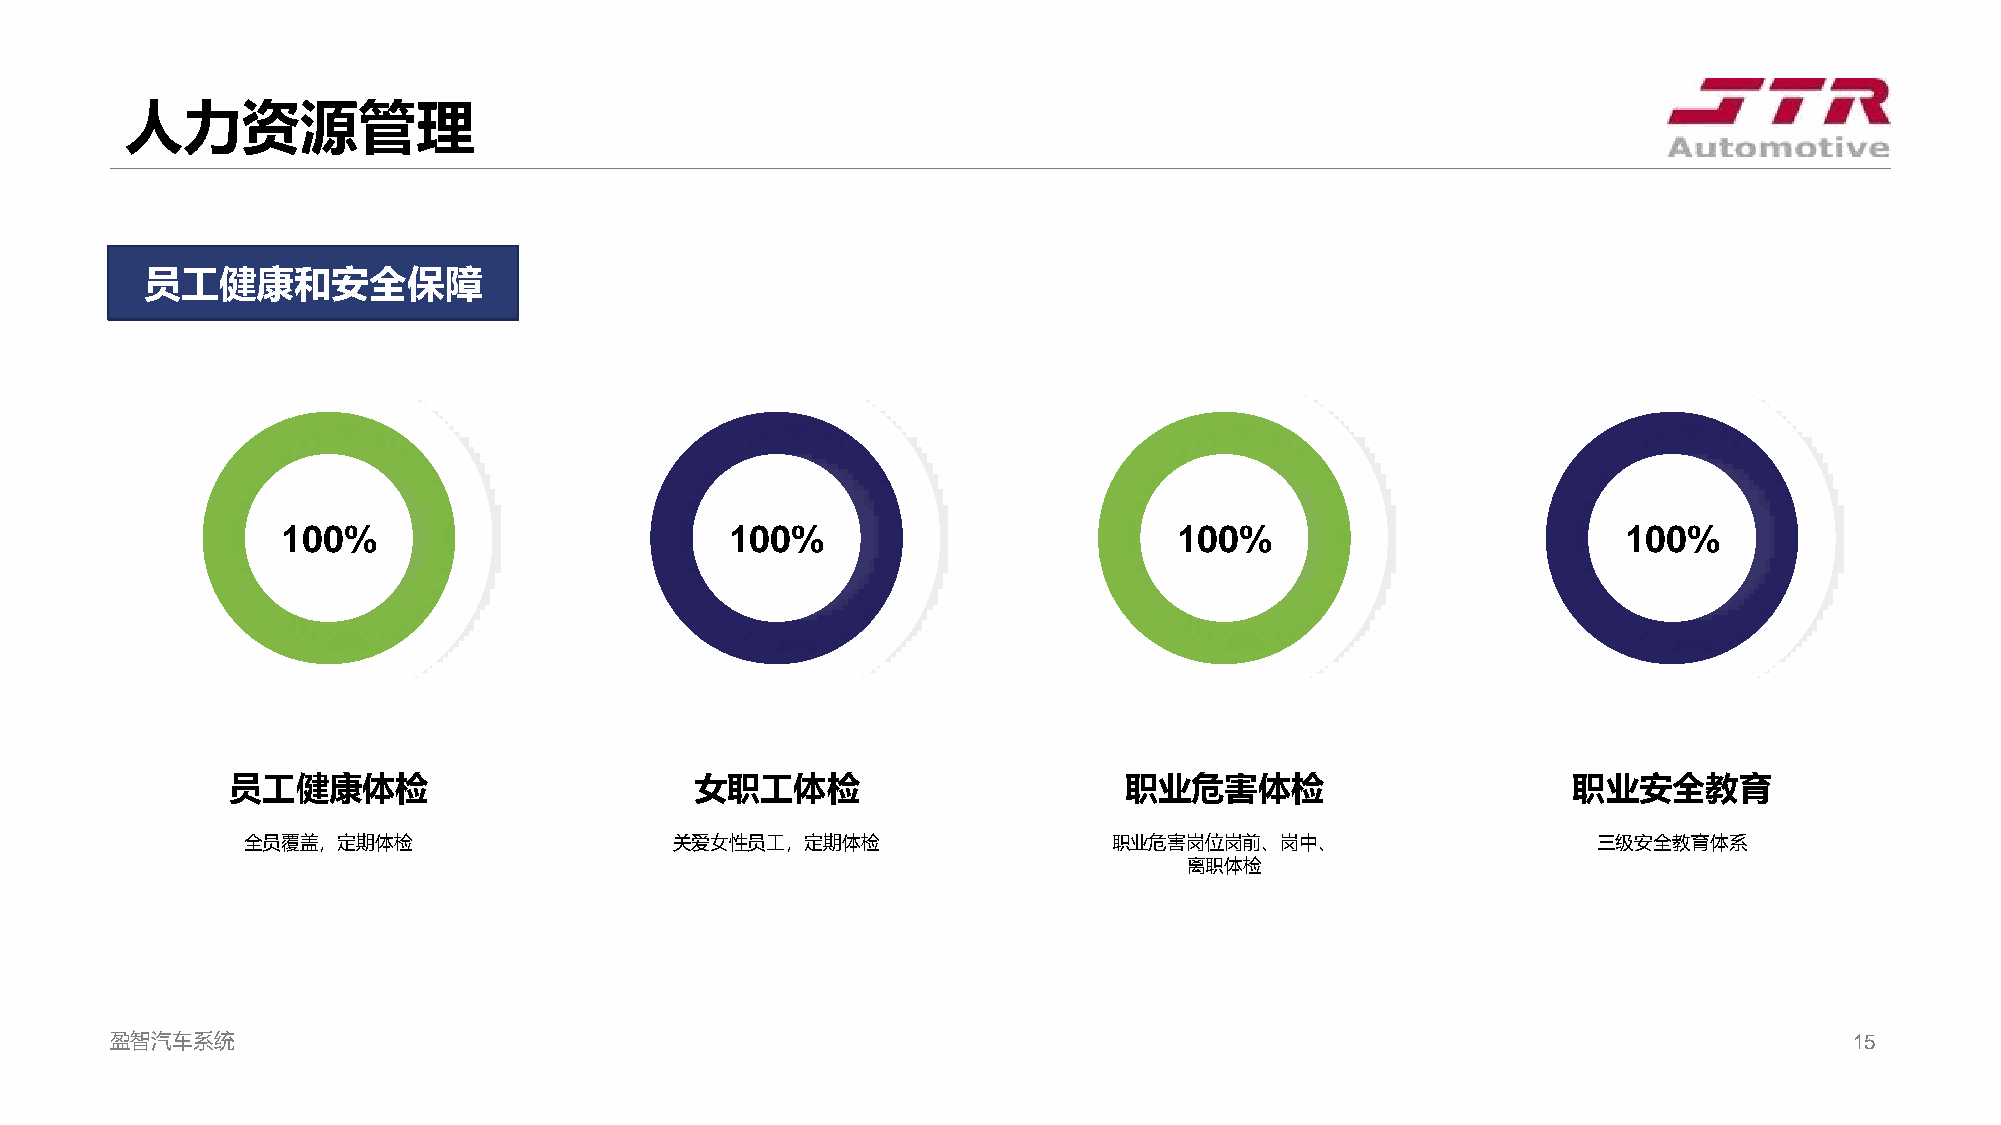
人力资源管理
 员工健康和安全保障
 100%                         100%                          100%                          100%
 员工健康体检                         女职工体检                       职业危害体检                        职业安全教育
 全员覆盖，定期体检                    关爱女性员工，定期体检                  职业危害岗位岗前、岗中、                    三级安全教育体系
 离职体检
 盈智汽车系统                                                                                                              15